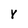
Character: Y